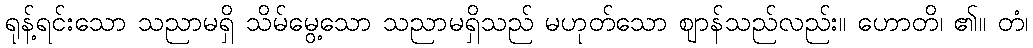
ရုန့်ရင်းသော သညာမရှိ သိမ်မွေ့သော သညာမရှိသည် မဟုတ်သော ဈာန်သည်လည်း။ ဟောတိ၊ ၏။ တံ၊